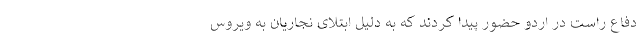
دفاع راست در اردو حضور پیدا کردند که به دلیل ابتلای نجاریان به ویروس